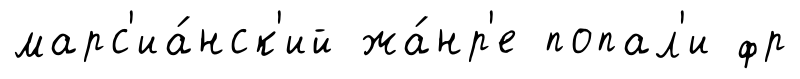
марс'иа́нск'ий жа́нр'е попал'и фр